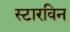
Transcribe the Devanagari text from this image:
स्टारविन